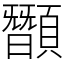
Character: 䫬